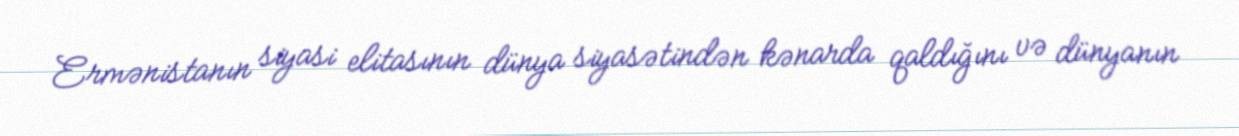
Ermənistanın siyasi elitasının dünya siyasətindən kənarda qaldığını və dünyanın